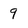
Character: 9